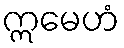
ဣမေဟံ